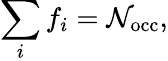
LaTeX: {\displaystyle\sum_{i}f_{i}=\mathcal{N}_{\mathrm{{occ}}}},